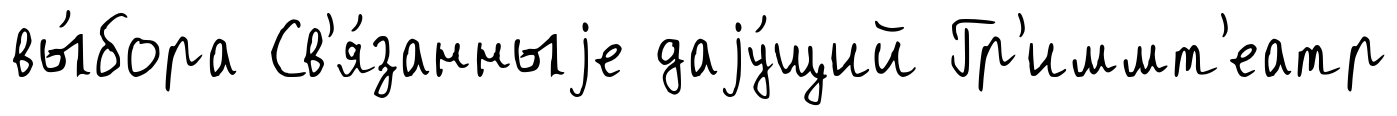
вы́бора Св'я́занныjе даjу́щий Гр'иммт'еатр